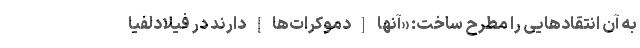
به آن انتقادهایی را مطرح ساخت: «آنها [دموکرات‌ها] دارند در فیلادلفیا